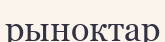
рыноктар